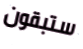
ستبقون